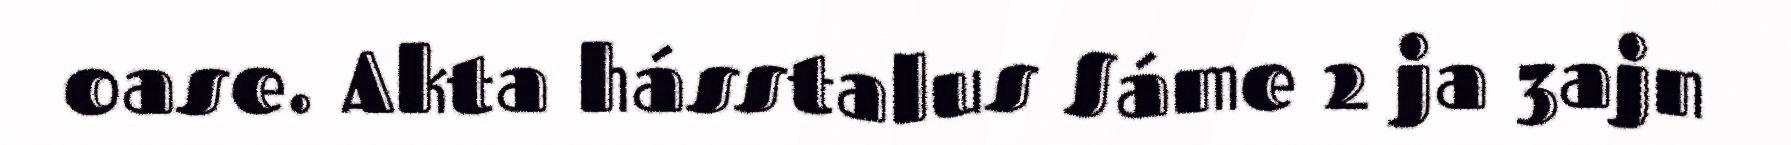
oase. Akta hásstalus Sáme 2 ja 3ajn